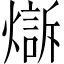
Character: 𤏣